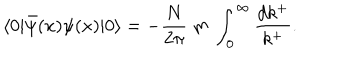
\langle 0 | \bar { \psi } ( x ) \psi ( x ) | 0 \rangle = - \frac { N } { 2 \pi } \ m \ \int _ { 0 } ^ { \infty } \frac { d k ^ { + } } { k ^ { + } } .